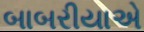
બાબરીયાએ